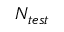
N _ { t e s t }